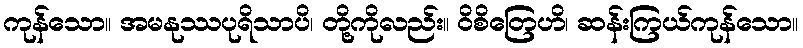
ကုန်သော။ အမနုဿပုရိသာပိ၊ တို့ကိုလည်း။ ဝိစိတြေဟိ၊ ဆန်းကြယ်ကုန်သော။